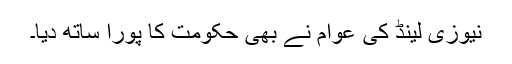
نیوزی لینڈ کی عوام نے بھی حکومت کا پورا ساتھ دیا۔